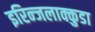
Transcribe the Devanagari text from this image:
इरिन्जलाक्कुडा